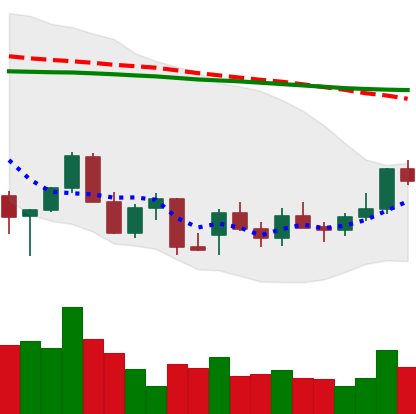
Ticker: LINK-USD
Chart end date: 2021-12-24
Forward return: -8.244%
Label: down_7plus